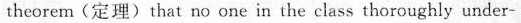
theorem(定理) that no one in the class thoroughly under-